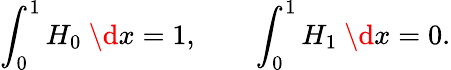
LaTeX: \int_{0}^{1}H_{0}\ \d x=1,\qquad\int_{0}^{1}H_{1}\ \d x=0.